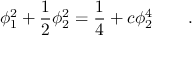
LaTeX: \phi _ { 1 } ^ { 2 } + \frac { 1 } { 2 } \phi _ { 2 } ^ { 2 } = \frac { 1 } { 4 } + c \phi _ { 2 } ^ { 4 } \qquad .